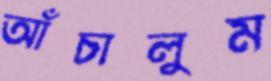
আঁচালুম